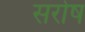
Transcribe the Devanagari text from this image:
सरोष